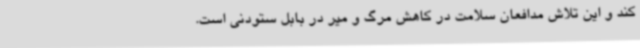
کند و این تلاش مدافعان سلامت در کاهش مرگ و میر در بابل ستودنی است.